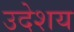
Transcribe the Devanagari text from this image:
उदेशय